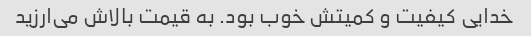
خدایی کیفیت و کمیتش خوب بود. به قیمت بالاش می‌ارزید